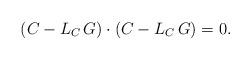
LaTeX: \begin{align*}(C - L_{C}\, G) \cdot (C - L_{C}\, G) = 0 .\end{align*}